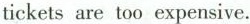
tickets are too expensive.